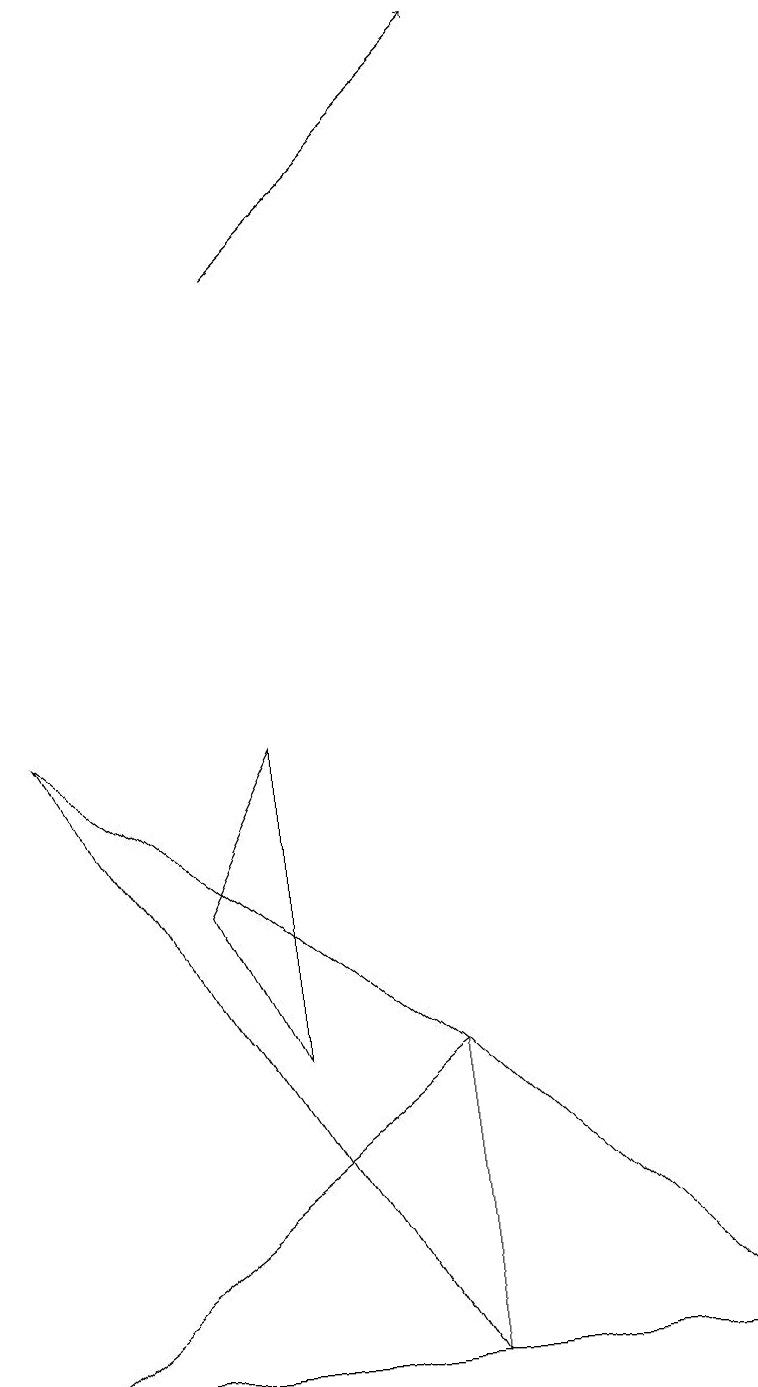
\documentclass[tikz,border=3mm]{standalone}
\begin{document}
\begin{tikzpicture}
\draw[->] (3,14) -- (6,17);
\draw (5,0) -- (0,8) -- (5,4) -- cycle;
\draw (3,4) -- (2,6) -- (3,8) -- cycle;
\draw (9,0) -- (5,4) -- (0,0) -- cycle;
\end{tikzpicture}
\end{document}